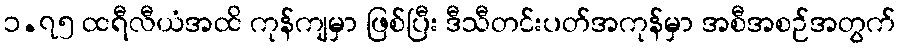
၁.၇၅ ထရီလီယံအထိ ကုန်ကျမှာ ဖြစ်ပြီး ဒီသီတင်းပတ်အကုန်မှာ အစီအစဉ်အတွက်